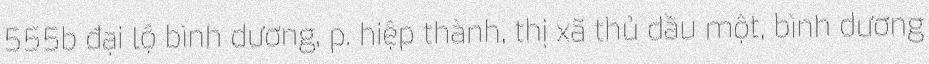
555b đại lộ bình dương, p. hiệp thành, thị xã thủ dầu một, bình dương